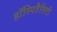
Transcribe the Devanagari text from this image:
हॉस्पितैलिटी